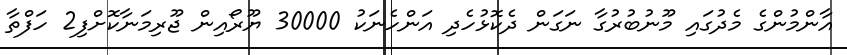
އާންމުންގެ މެދުގައި މޫނުބުރުގާ ނަގަން ދެކޮޅުހެދި އަންހެނަކު 30000 ޔޫރޯއިން ޖޫރިމަނާކޮށްފި2 ހަފްތާ